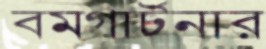
বমগার্টনার